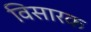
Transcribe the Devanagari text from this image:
विसारक